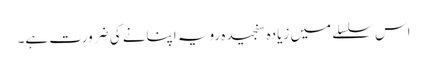
اس سلسلے میں زیادہ سنجیدہ رویہ اپنانے کی ضرورت ہے۔